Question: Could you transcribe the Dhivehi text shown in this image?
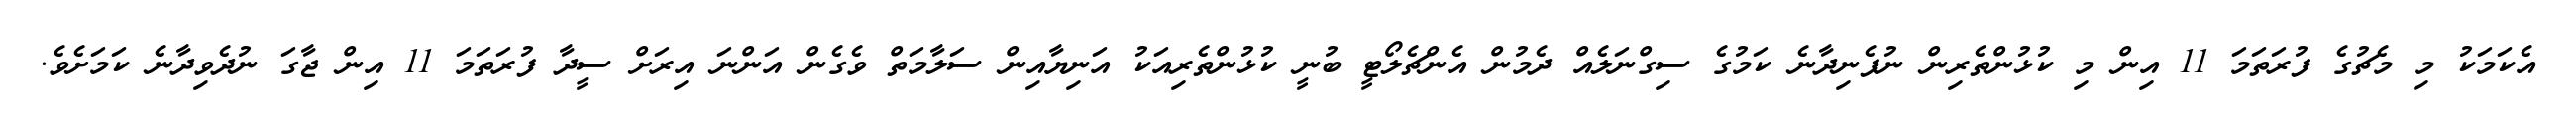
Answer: އެކަމަކު މި މެޗުގެ ފުރަތަމަ 11 އިން މި ކުޅުންތެރިން ނުފެނިދާނެ ކަމުގެ ސިގްނަލެއް ދެމުން އެންޗެލޯޓީ ބުނީ ކުޅުންތެރިއަކު އަނިޔާއިން ސަލާމަތް ވެގެން އަންނަ އިރަށް ސީދާ ފުރަތަމަ 11 އިން ޖާގަ ނުދެވިދާނެ ކަމަށެވެ.